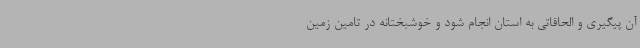
آن پیگیری و الحاقاتی به استان انجام شود و خوشبختانه در تامین زمین